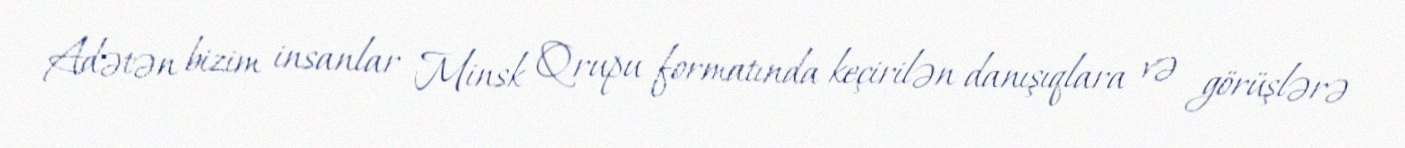
Adətən bizim insanlar Minsk Qrupu formatında keçirilən danışıqlara və görüşlərə